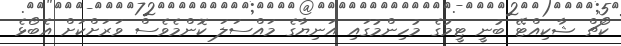
ކޯޗް ޝާކިއްޓޭ ބުނީ ޓީމުގެ މުހިންމުގައި އަނިޔާގެ މައްސަލަ ކޮންމެވެސް ވަރަށްކަށް އެބޯޅެ